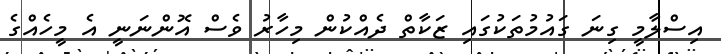
އިސްލާމީ ގިނަ ގައުމުތަކުގައި ޒަކާތް ދެއްކުން މިހާރު ވެސް އޮންނަނީ އެ މީހެއްގެ